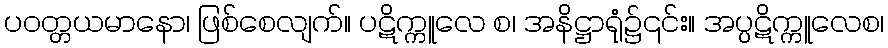
ပဝတ္တယမာနော၊ ဖြစ်စေလျက်။ ပဋိက္ကူလေ စ၊ အနိဋ္ဌာရုံ၌၎င်း။ အပ္ပဋိက္ကူလေစ၊